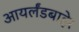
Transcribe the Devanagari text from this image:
आयर्लंडबाहेर